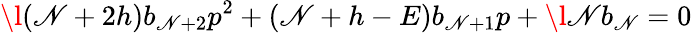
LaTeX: \l(\mathscr{N}+2h)b_{\mathscr{N}+2}p^{2}+(\mathscr{N}+h-E)b_{\mathscr{N}+1}p+\l\mathscr{N}b_{\mathscr{N}}=0